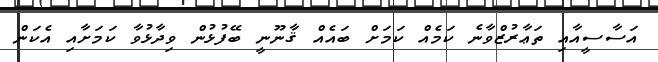
އަސާސީއާއި ތަޢާރުޒްވާނެ ކަމެއް ކަމަށް ބައެއް ޤާނޫނީ ބޭފުޅުން ވިދާޅުވާ ކަމަށާއި އެކަން